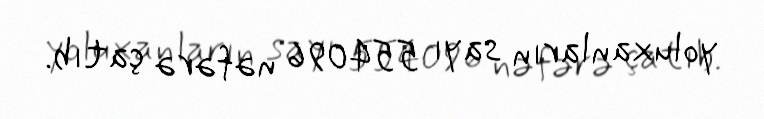
yoluxanların sayı 554096 nəfərə çatıb.